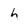
Character: h